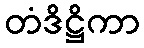
တံဒိဋ္ဌိကာ